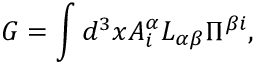
G = \int d ^ { 3 } x A _ { i } ^ { \alpha } { \cal L } _ { \alpha \beta } \Pi ^ { \beta i } ,